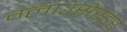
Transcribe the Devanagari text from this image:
ग्लाउसेस्टर